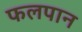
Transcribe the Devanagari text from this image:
फलपान